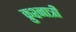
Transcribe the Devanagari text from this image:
क्रुश्नात्री